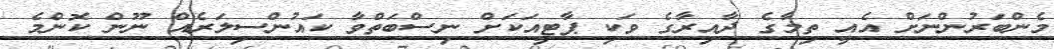
މެންބަރުންނަށް އެއީ ތިމާގެ ދާއިރާގެ ވަކި ޕާޓީއަކަށް ނިސްބަތްވާ ކައުންސިލަރެއް ނޫން ކޮންމެ